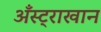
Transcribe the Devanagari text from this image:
अँस्ट्राखान